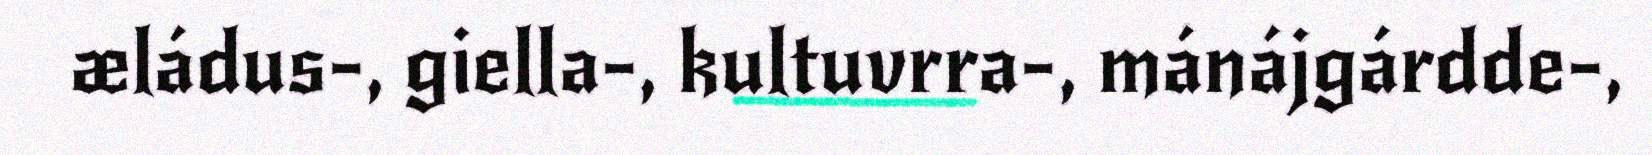
æládus-, giella-, kultuvrra-, mánájgárdde-,